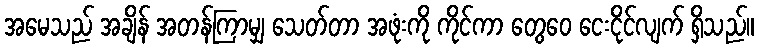
အမေသည် အချိန် အတန်ကြာမျှ သေတ်တာ အဖုံးကို ကိုင်ကာ တွေဝေ ငေးငိုင်လျက် ရှိသည်။